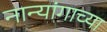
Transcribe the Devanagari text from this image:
नान्यांगाच्या